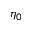
\eta _ { 0 }